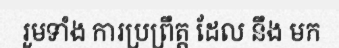
រួមទាំង ការប្រព្រឹត្ត ដែល នឹង មក